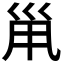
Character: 𡿳